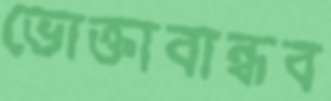
ভোক্তাবান্ধব